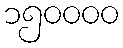
၁၅၀၀၀၀